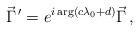
LaTeX: \begin{align*}\vec{\Gamma}^{\, \prime} = e^{i\arg(c\lambda_{0}+d)} \vec{\Gamma}\, ,\end{align*}